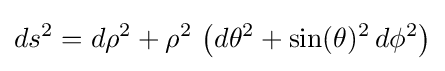
ds^{2}=d\rho ^{2}+\rho ^{2}\,\left(d\theta ^{2}+\sin(\theta )^{2}\,d\phi ^{2}\right)